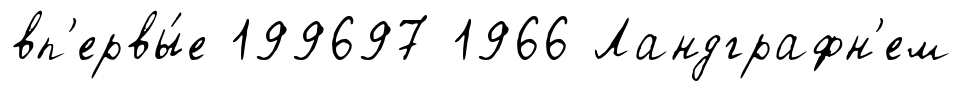
вп'ервы́е 199697 1966 Ландграфн'ем